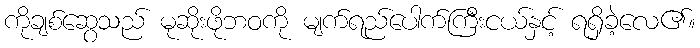
ကိုချစ်ဆွေသည် မုဆိုးဖိုဘဝကို မျက်ရည်ပေါက်ကြီးငယ်နှင့် ရရှိခဲ့လေ၏။